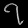
Digit: ၇